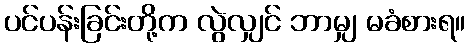
ပင်ပန်းခြင်းတို့က လွဲလျှင် ဘာမျှ မခံစားရ။